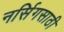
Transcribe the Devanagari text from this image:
नर्सिगसाठी